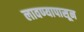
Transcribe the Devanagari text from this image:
लावण्यापासून